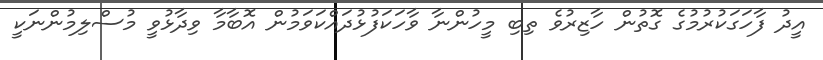
އީދު ފާހަގަކުރުމުގެ ގޮތުން ހާޒިރުވެ ތިބި މީހުންނާ ވާހަކަފުޅުދައްކަވަމުން އޮބާމާ ވިދާޅުވީ މުސްލިމުންނަކީ